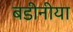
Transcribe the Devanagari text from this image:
बडीनीया